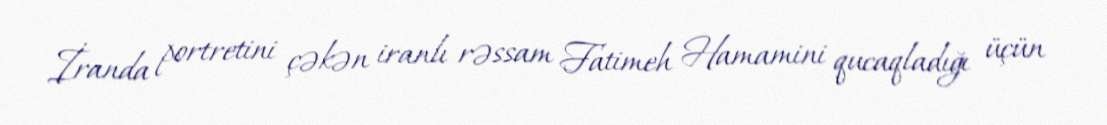
İranda portretini çəkən iranlı rəssam Fatimeh Hamamini qucaqladığı üçün